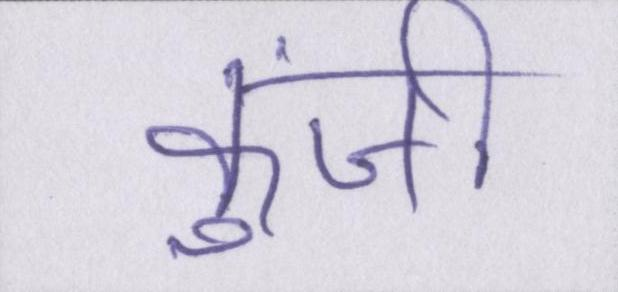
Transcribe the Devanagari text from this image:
कुंजी